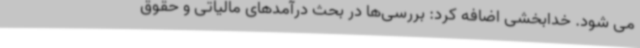
می شود. خدابخشی اضافه کرد: بررسی‌ها در بحث درآمدهای مالیاتی و حقوق